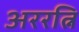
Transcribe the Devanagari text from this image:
अररत्नि